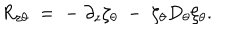
LaTeX: R _ { z \theta } \; = \; - \; \partial _ { z } \zeta _ { \theta } \; - \; \zeta _ { \theta } D _ { \theta } \zeta _ { \theta } .